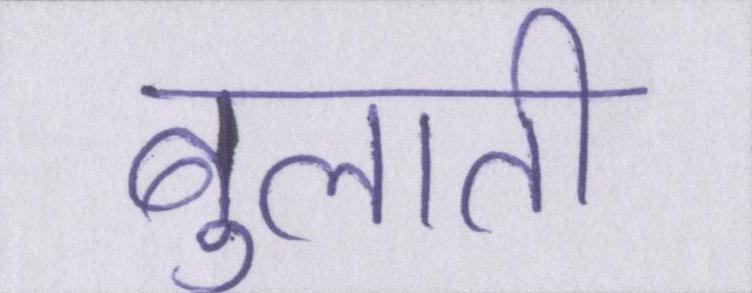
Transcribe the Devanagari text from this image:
बुलाती